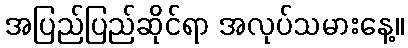
အပြည်ပြည်ဆိုင်ရာ အလုပ်သမားနေ့။